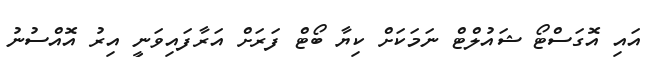
އައި އޮގަސްޓޯ ޝައުލްޓް ނަމަކަށް ކިޔާ ބޯޓް ފަރަށް އަރާފައިވަނީ އިރު އޮއްސުނު